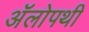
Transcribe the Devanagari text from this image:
ॲलोपथी